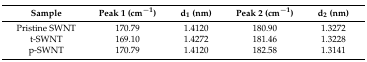
| Sample | Peak 1 (cm−1) | d1 (nm) | Peak 2 (cm−1) | d2 (nm) |
 | --- | --- | --- | --- | --- |
 | Pristine SWNT | 170.79 | 1.4120 | 180.90 | 1.3272 |
 | t-SWNT | 169.10 | 1.4272 | 181.46 | 1.3228 |
 | p-SWNT | 170.79 | 1.4120 | 182.58 | 1.3141 |